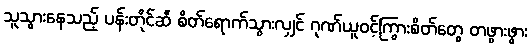
သူသွားနေသည့် ပန်းတိုင်ဆီ စိတ်ရောက်သွားလျှင် ဂုဏ်ယူဝင့်ကြွားစိတ်တွေ တဖွားဖွား